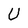
Character: U